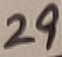
Text: 29